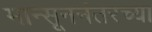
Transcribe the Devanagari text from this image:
मान्सूननंतरच्या